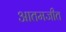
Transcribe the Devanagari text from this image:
आतमजीत